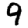
Digit: 9